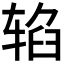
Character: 𰺐